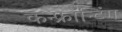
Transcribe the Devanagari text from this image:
कन्फ्रॉन्टिंग